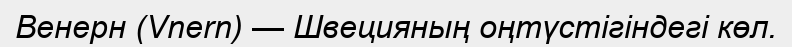
Венерн (Vnern) — Швецияның оңтүстігіндегі көл.